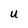
Character: U